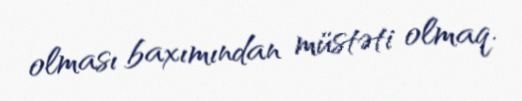
olması baxımından müstəti olmaq.